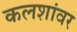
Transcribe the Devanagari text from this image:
कलशांवर